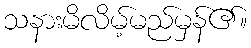
သနားမိလိမ့်မည်မှန်၏။